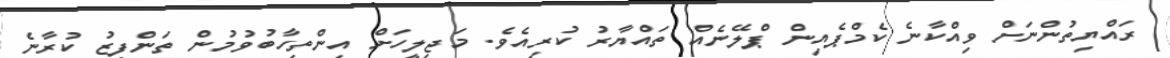
ރައްޔިތުންނަށް ވިއްކާނެ ކެމްޕެއިން ޕްލޭނެއް ތައްޔާރު ކުރިއެވެ. މަޖިލީހަށް އިންތިހާބުވުމުން ތަންފީޒު ކުރާނެ